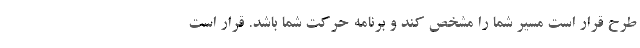
طرح قرار است مسیر شما را مشخص کند و برنامه حرکت شما باشد. قرار است